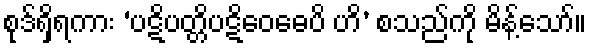
စုဒ်ရှိရကား ‘ပဋိပတ္တိပဋိဝေဓေပိ ဟိ’ စသည်ကို မိန့်သော်။